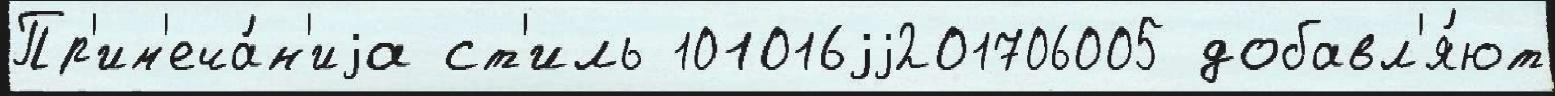
Пр'им'еча́н'иjа ст'иль 101016jj201706005 добавл'я́ют